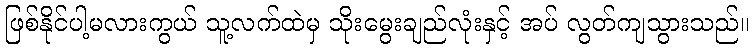
ဖြစ်နိုင်ပါ့မလားကွယ် သူ့လက်ထဲမှ သိုးမွေးချည်လုံးနှင့် အပ် လွတ်ကျသွားသည်။